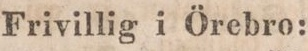
Frivillig i Örebro: